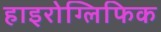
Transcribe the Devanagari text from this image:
हाइरोग्लिफिक